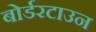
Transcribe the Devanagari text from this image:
बोर्डरटाउन